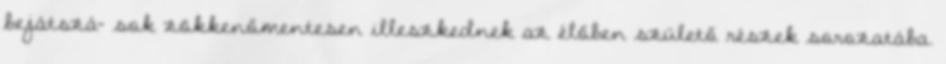
bejátszá- sok zökkenőmentesen illeszkednek az élőben születő részek sorozatába.